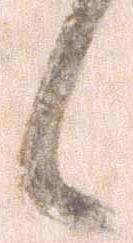
候